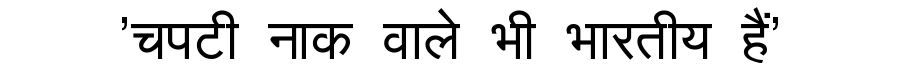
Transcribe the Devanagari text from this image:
'चपटी नाक वाले भी भारतीय हैं'